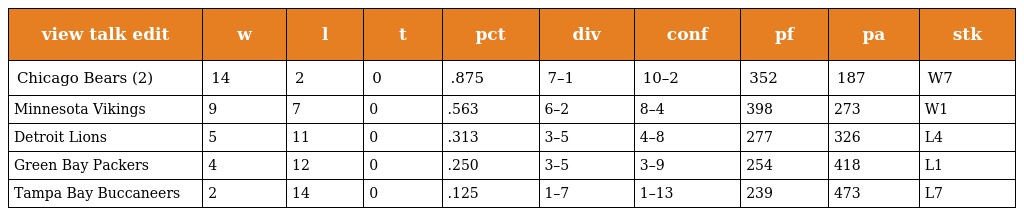
| view talk edit | w | l | t | pct | div | conf | pf | pa | stk |
 | --- | --- | --- | --- | --- | --- | --- | --- | --- | --- |
 | Chicago Bears (2) | 14 | 2 | 0 | .875 | 7–1 | 10–2 | 352 | 187 | W7 |
 | Minnesota Vikings | 9 | 7 | 0 | .563 | 6–2 | 8–4 | 398 | 273 | W1 |
 | Detroit Lions | 5 | 11 | 0 | .313 | 3–5 | 4–8 | 277 | 326 | L4 |
 | Green Bay Packers | 4 | 12 | 0 | .250 | 3–5 | 3–9 | 254 | 418 | L1 |
 | Tampa Bay Buccaneers | 2 | 14 | 0 | .125 | 1–7 | 1–13 | 239 | 473 | L7 |